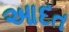
આદત